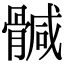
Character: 𩩴